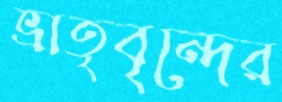
ভ্রাতৃবৃন্দের